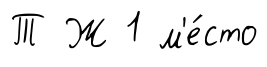
Т Ж 1 м'е́сто